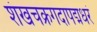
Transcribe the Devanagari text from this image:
शंखचक्रगदापद्मधरं